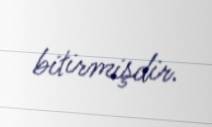
bitirmişdir.